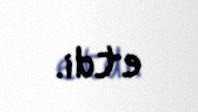
etdi.